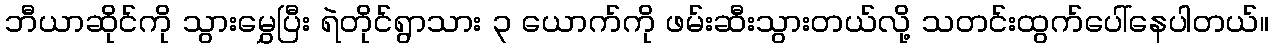
ဘီယာဆိုင်ကို သွားမွှေပြီး ရဲတိုင်ရွာသား ၃ ယောက်ကို ဖမ်းဆီးသွားတယ်လို့ သတင်းထွက်ပေါ်နေပါတယ်။